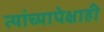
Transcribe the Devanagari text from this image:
त्यांच्यापेक्षाही